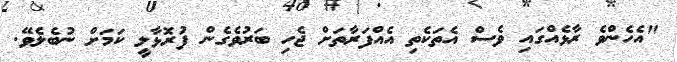
"އެހެންވެ ރާޅެއްގައި ވެސް އެތަކެތި އެއްފަރާތަށް ޖެހި ބަރުވެގެން ފުރޮޅާލީ ކަމަށް ނުބެލެވޭ.